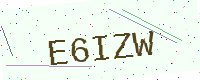
Text: E6IZW